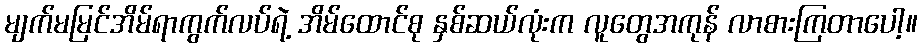
မျက်မမြင်အိမ်ရာကွက်လပ်ရဲ့ အိမ်ထောင်စု နှစ်ဆယ်လုံးက လူတွေအကုန် လာစားကြတာပေါ့။